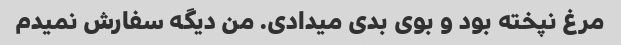
مرغ نپخته بود و بوی بدی میدادی. من دیگه سفارش نمیدم